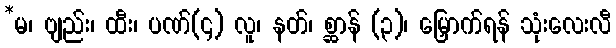
*မ၊ ဗျည်း၊ ထီး၊ ပဏ်(၄) လူ၊ နတ်၊ စ္ဆာန် (၃)၊ မြှောက်ရန် သုံးလေးလီ